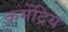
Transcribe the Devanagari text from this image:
कमेंद्रिय